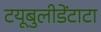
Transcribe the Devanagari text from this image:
टयूबुलीडेंटाटा